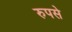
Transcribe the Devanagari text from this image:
रुपसे